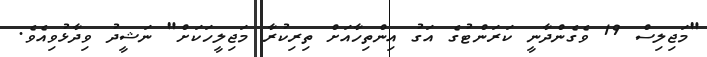
"މަޖިލިސް 19 ވެގެންދާނީ ކަރަންޓުގެ އަގު އިންތިހާއަށް ތިރިކުރާ މަޖިލީހަކަށް" ނަޝީދު ވިދާޅުވިއެވެ.